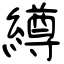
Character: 繜